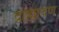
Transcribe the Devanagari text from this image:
द्राह्मायण